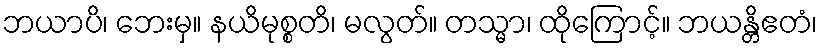
ဘယာပိ၊ ဘေးမှ။ နယိမုစ္စတိ၊ မလွတ်။ တသ္မာ၊ ထိုကြောင့်။ ဘယန္တိဧတံ၊